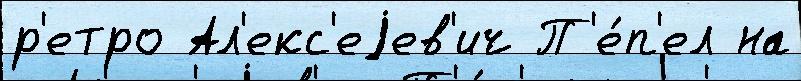
р'етро Ал'екс'еjев'ич П'е́п'ел на